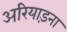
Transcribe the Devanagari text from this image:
अरियाड़ना